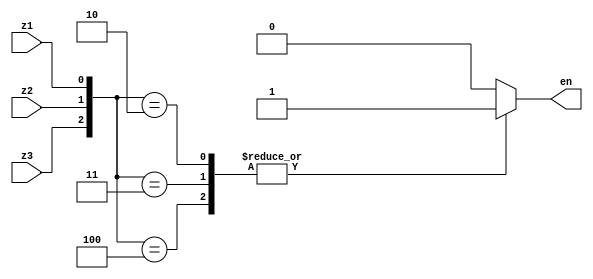
module filterb(z3, z2, z1, en);
	input z3, z2, z1;
	output reg en;
	
	always@(*)
	begin
		case({z3, z2, z1})
		3'b100: en = 1;
		3'b011: en = 1;
		3'b010: en = 1;
		default: en = 0;
		endcase
	end
	
endmodule